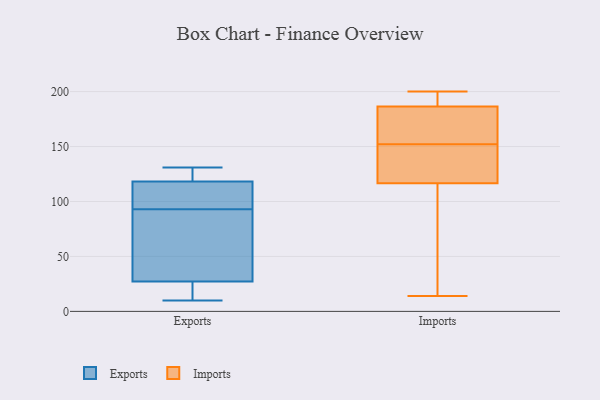
{"axis": {"x": "Active Users", "y": "Value"}, "legend": ["Exports", "Imports"], "data": [{"x": "", "y": 65, "type": "Exports"}, {"x": "", "y": 93, "type": "Exports"}, {"x": "", "y": 28, "type": "Exports"}, {"x": "", "y": 27, "type": "Exports"}, {"x": "", "y": 129, "type": "Exports"}, {"x": "", "y": 102, "type": "Exports"}, {"x": "", "y": 123, "type": "Exports"}, {"x": "", "y": 131, "type": "Exports"}, {"x": "", "y": 104, "type": "Exports"}, {"x": "", "y": 12, "type": "Exports"}, {"x": "", "y": 10, "type": "Exports"}, {"x": "", "y": 115, "type": "Imports"}, {"x": "", "y": 196, "type": "Imports"}, {"x": "", "y": 72, "type": "Imports"}, {"x": "", "y": 132, "type": "Imports"}, {"x": "", "y": 174, "type": "Imports"}, {"x": "", "y": 200, "type": "Imports"}, {"x": "", "y": 182, "type": "Imports"}, {"x": "", "y": 155, "type": "Imports"}, {"x": "", "y": 14, "type": "Imports"}, {"x": "", "y": 149, "type": "Imports"}, {"x": "", "y": 118, "type": "Imports"}, {"x": "", "y": 191, "type": "Imports"}]}